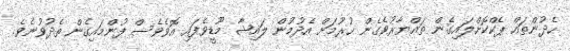
ހެދުންތައް ޕެކްކޮށްލައިގެން ތައްޔާރުވެގެން ހުރުމަށް އެދުމުން ލައިޝާ މޫޑީވެފައި އޮވެވެސް ފުންމައިގެން ތެދުވުނެވެ.